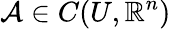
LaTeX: \mathcal{A}\in C(U,\mathbb{R}^{n})